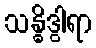
သန္ဓိဒွါရာ